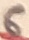
Text: 6